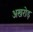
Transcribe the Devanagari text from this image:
अखरोड़